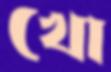
খো